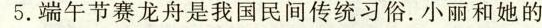
5.端午节赛龙舟是我国民间传统习俗。小丽和她的\